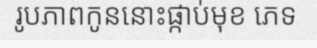
រូបភាពកូននោះផ្កាប់មុខ ភេទ